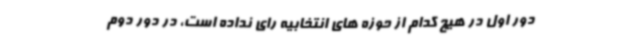
دور اول در هیچ کدام از حوزه های انتخابیه رای نداده است، در دور دوم